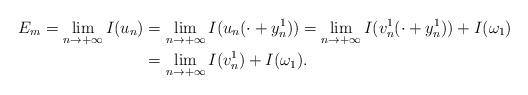
LaTeX: \begin{align*} E_m=\lim_{n \to +\infty} I(u_n)&= \lim_{n \to +\infty} I(u_n(\cdot + y_n^1)) = \lim_{n \to +\infty} I(v_n^1(\cdot + y_n^1))+I(\omega_1) \\ & = \lim_{n \to +\infty} I(v_n^1) + I(\omega_1).\end{align*}